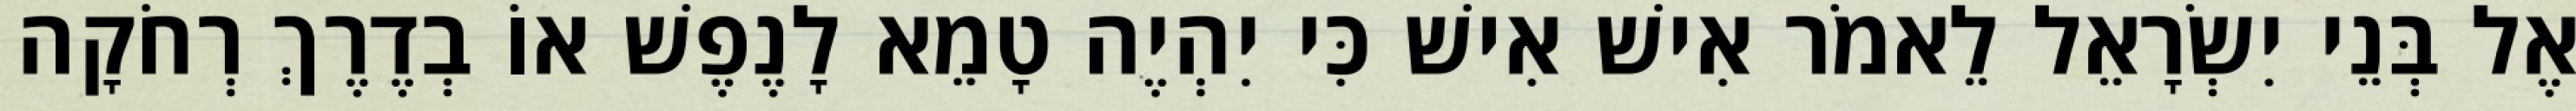
אֶל בְּנֵי יִשְׂרָאֵל לֵאמֹר אִישׁ אִישׁ כִּי יִהְיֶה טָמֵא לָנֶפֶשׁ אוֹ בְדֶרֶךְ רְחֹקָה